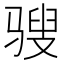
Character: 𩨄